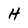
Character: H